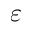
\varepsilon